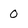
Character: 0